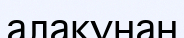
алақұнан